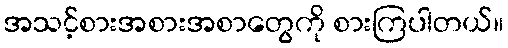
အသင့်စားအစားအစာတွေကို စားကြပါတယ်။